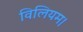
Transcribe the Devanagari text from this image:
विलियम।